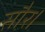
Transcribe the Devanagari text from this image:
सौर।